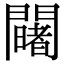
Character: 𨷄